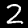
Label: 2